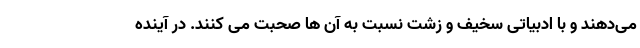
می‌دهند و با ادبیاتی سخیف و زشت نسبت به آن ها صحبت می کنند. در آینده